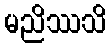
မညိဿသိ